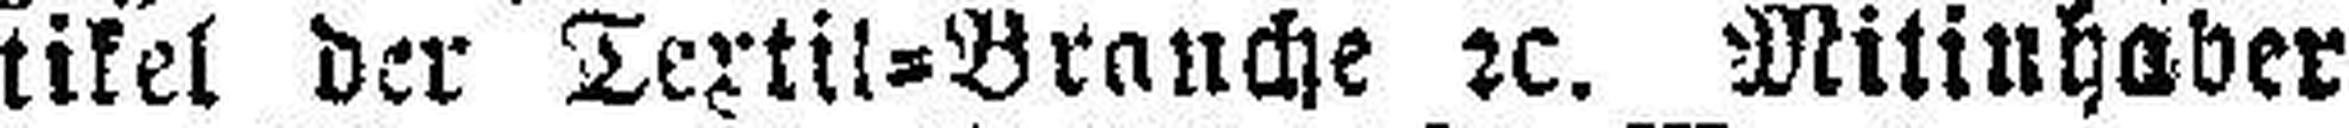
tikel der Textil=Brauche 2c. Mitinhaber